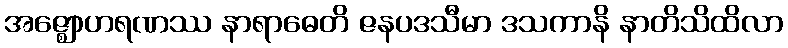
အဇ္ဈောဟရဏဿ နာရာဓေတိ ဇနပဒသီမာ ဒသကာနိ နာတိသိထိလာ